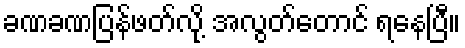
ခဏခဏပြန်ဖတ်လို့ အလွတ်တောင် ရနေပြီ။